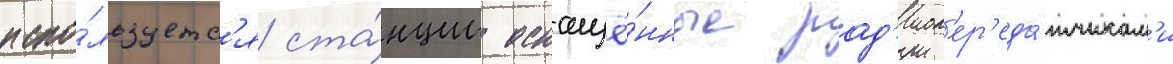
испо́льзуетс'я ста́нции оснащё́нные рад'иоп'ер'еда́тчикам'и